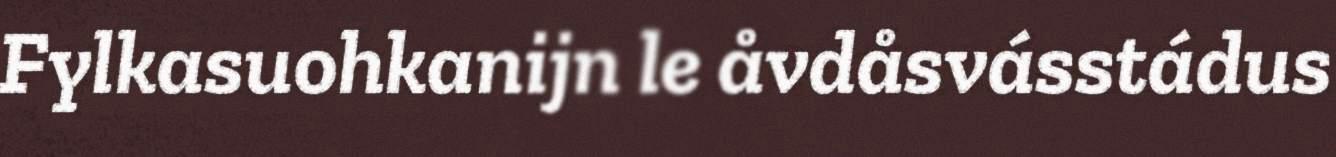
Fylkasuohkanijn le åvdåsvásstádus